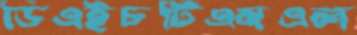
ডিএইচটিএমএল